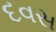
દવસ